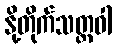
နို့တိုက်သတ္တဝါ